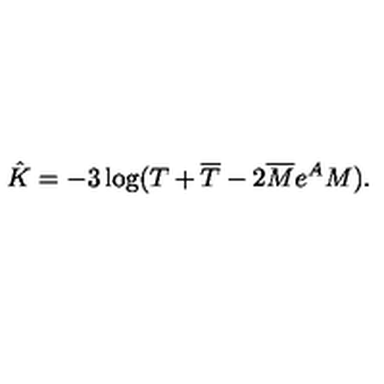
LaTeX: \hat { K } = - 3 \log ( T + \overline { T } - 2 \overline { M } e ^ { A } M ) .